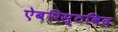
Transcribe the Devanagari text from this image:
ऐबरिस्टविद